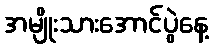
အမျိုးသားအောင်ပွဲနေ့